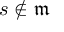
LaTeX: s \not \in { \mathfrak { m } }